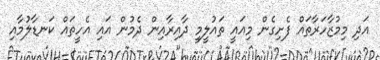
އަދި މިމުޒާހަރާތައް ފެށިގެން މިއައީ ތައުލީމީ ދާއިރާއިން ދެމުން އައި އެހީތައް ކަނޑާލުމާއި